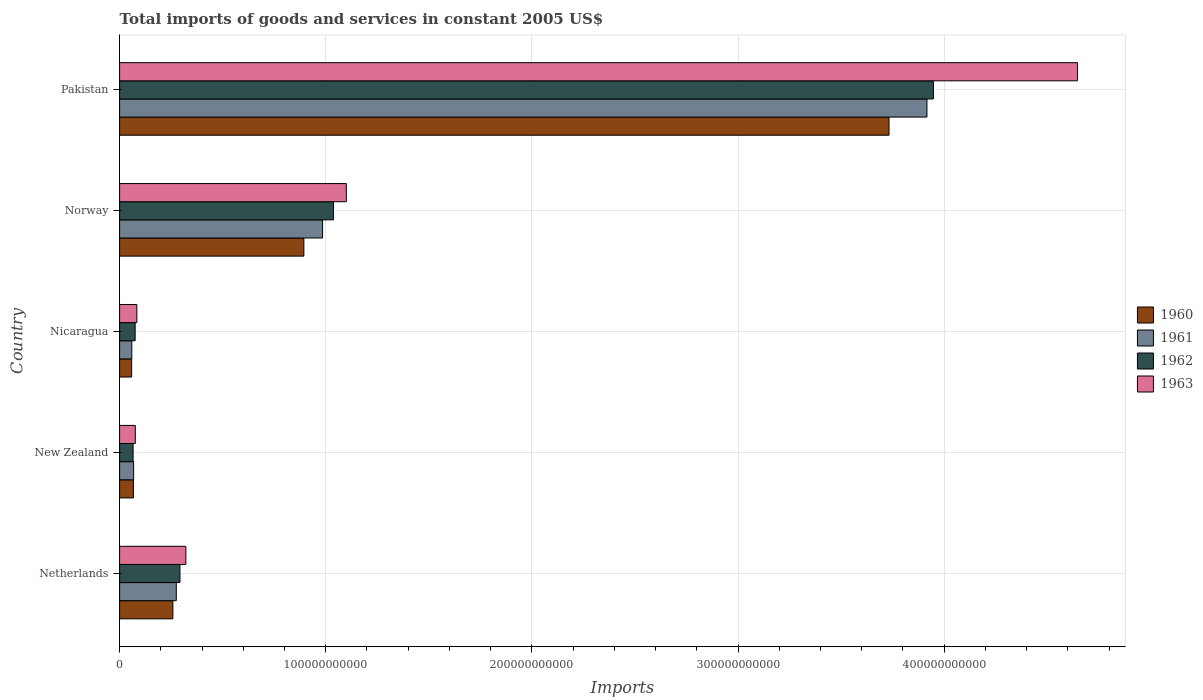
| Country | 1960 | 1961 | 1962 | 1963 |
 | --- | --- | --- | --- | --- |
 | Netherlands | 2.58e+10 | 2.75e+10 | 2.93e+10 | 3.21e+10 |
 | New Zealand | 6.71e+09 | 6.81e+09 | 6.55e+09 | 7.62e+09 |
 | Nicaragua | 5.84e+09 | 5.92e+09 | 7.54e+09 | 8.36e+09 |
 | Norway | 8.94e+10 | 9.85e+10 | 1.04e+11 | 1.1e+11 |
 | Pakistan | 3.73e+11 | 3.92e+11 | 3.95e+11 | 4.65e+11 |